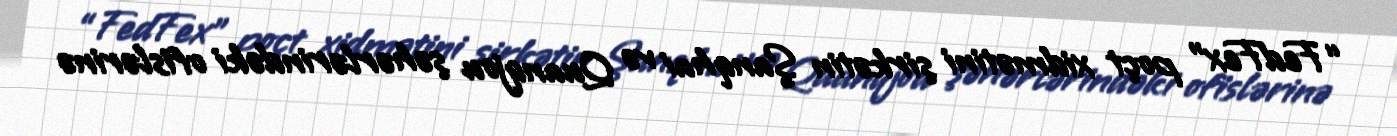
“FedFex” poçt xidmətini şirkətin Şanqhai və Quanqjou şəhərlərindəki ofislərinə